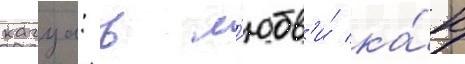
кагуа: в л'юбв'и́ ка́к